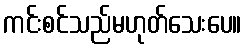
ကင်းစင်သည်မဟုတ်သေးပေ။